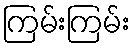
ကြမ်းကြမ်း